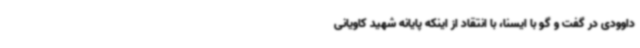
داوودی در گفت و گو با ایسنا، با انتقاد از اینکه پایانه شهید کاویانی